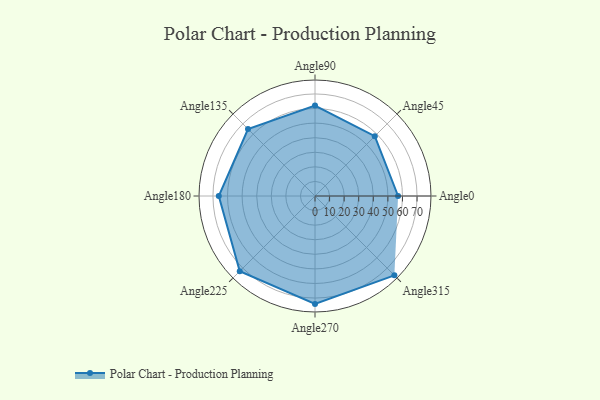
{"axis": {"x": "Angle", "y": "Radius"}, "legend": [""], "data": [{"x": "Angle0", "y": 57.0, "type": ""}, {"x": "Angle45", "y": 58.0, "type": ""}, {"x": "Angle90", "y": 62.0, "type": ""}, {"x": "Angle135", "y": 65.0, "type": ""}, {"x": "Angle180", "y": 66.0, "type": ""}, {"x": "Angle225", "y": 73.0, "type": ""}, {"x": "Angle270", "y": 74.0, "type": ""}, {"x": "Angle315", "y": 77.0, "type": ""}]}